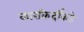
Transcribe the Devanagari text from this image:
कारकिर्दीकडे